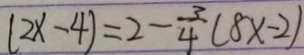
( 2 x - 4 ) = 2 - \frac { 3 } { 4 } ( 8 x - 2 )